Scientific memoirs by medical officers of the Army of India - Part VII,
Year: 1892
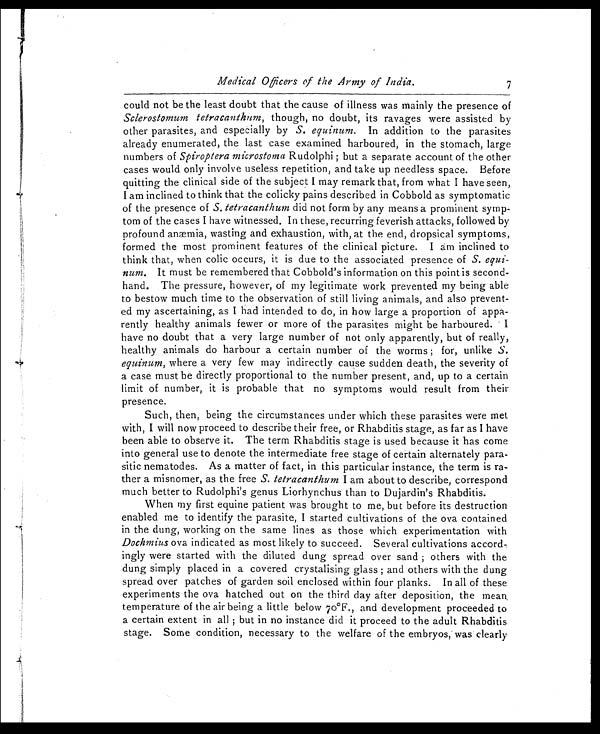
Medical Officers of the Army of Nadia. 7
could not be the least doubt that the cause of illness was mainly the presence of
Sclerostomum tetracanthum, though, no doubt, its ravages were assisted by
other parasites, and especially by S. equinum. In addition to the parasites
already enumerated, the last case examined harboured, in the stomach, large
numbers of Spiroptera microstorna Rudolphi ; but a separate account of the other
cases would only involve useless repetition, and take up needless space. Before
quitting the clinical side of the subject I may remark that, from what I have seen,
I am inclined to think that the colicky pains described in Cobbold as symptomatic
of the presence of S. tetracanthum did not form by any means a prominent symp-
tom of the cases I have witnessed. In these, recurring feverish attacks, followed by
Profound anæmia, wasting and exhaustion, with, at the end, dropsical symptoms,
formed the most prominent features of the clinical picture. I am inclined to
think that, when colic occurs, it is due to the associated presence of S. equi-
num. It must be remembered that Cobbold's information on this point is second-
hand. The pressure, however, of my legitimate work prevented my being able
to bestow much time to the observation of still living animals, and also prevent-
ed my ascertaining, as I had intended to do, in how large a proportion of appa-
rently healthy animals fewer or more of the parasites might be harboured. I
have no doubt that a very large number of not only apparently, but of really,
healthy animals do harbour a certain number of the worms ; for, unlike S.
equinum, where a very few may indirectly cause sudden death, the severity of
a case must be directly proportional to the number present, and, up to a certain
limit of number, it is probable that no symptoms would result from their
presence.
Such, then, being the circumstances under which these parasites were met
with, I will now proceed to describe their free, or Rhabditis stage, as far as I have
been able to observe it. The term Rhabditis stage is used because it has come
into general use to denote the intermediate free stage of certain alternately para-
sitic nematodes. As a matter of fact, in this particular instance, the term is ra-
ther a misnomer, as the free S. tetracanthum I am about to describe, correspond
much better to Rudolphis genus Liorhynchus than to Dujardin's Rhabditis.
When my first equine patient was brought to me, but before its destruction
enabled me to identify the parasite, I started cultivations of the ova contained
in the dung, working on the same lines as those which experimentation with
Dochmius ova indicated as most likely to succeed. Several cultivations accord-
ingly were started with the diluted dung spread over sand ; others with the
dung simply placed in a covered crystalising glass ; and others with the dung
spread over patches of garden soil enclosed within four planks. In all of these
experiments the ova hatched out on the third day after deposition, the mean
temperature of the air being a little below 70°F., and development proceeded to
a certain extent in all ; but in no instance did it proceed to the adult Rhabditis
stage. Some condition, necessary to the welfare of the embryos, was clearly